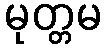
မုတ္တမ